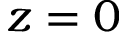
z = 0